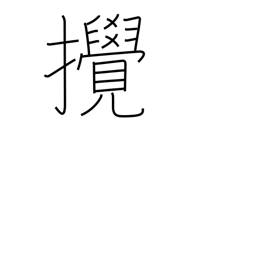
Meaning: disturb